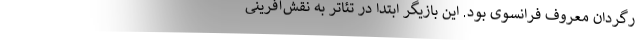
رگردان معروف فرانسوی بود. این بازیگر ابتدا در تئاتر به نقش‌آفرینی